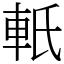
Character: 軝